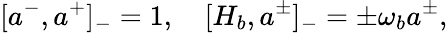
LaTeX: [a^{-},a^{+}]_{-}=1,\quad[H_{b},a^{\pm}]_{-}=\pm\omega_{b}a^{\pm},